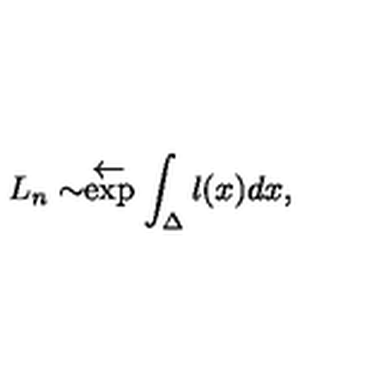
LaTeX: L _ { n } \sim \stackrel { { \textstyle \leftarrow } } { \exp } \int _ { \Delta } l ( x ) d x ,